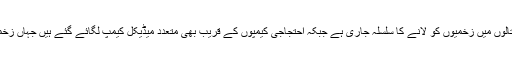
فلسطینی حکام کے مطابق غزہ کے اسپتالوں میں زخمیوں کو لانے کا سلسلہ جاری ہے جبکہ احتجاجی کیمپوں کے قریب بھی متعدد میڈیکل کیمپ لگائے گئے ہیں جہاں زخمیوں کو ابتدائی طبی امداد دی جاتی ہے۔